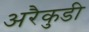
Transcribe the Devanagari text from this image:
अरैकुडी